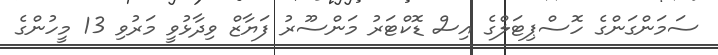
ސަމަންގަންގެ ހޮސްޕިޓަލްގެ އިސް ޑޮކްޓަރު މަންސޫރު ފަޔާޒް ވިދާޅުވީ މަރުވި 13 މީހުންގެ